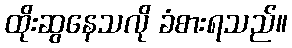
ထိုးဆွနေသလို ခံစားရသည်။